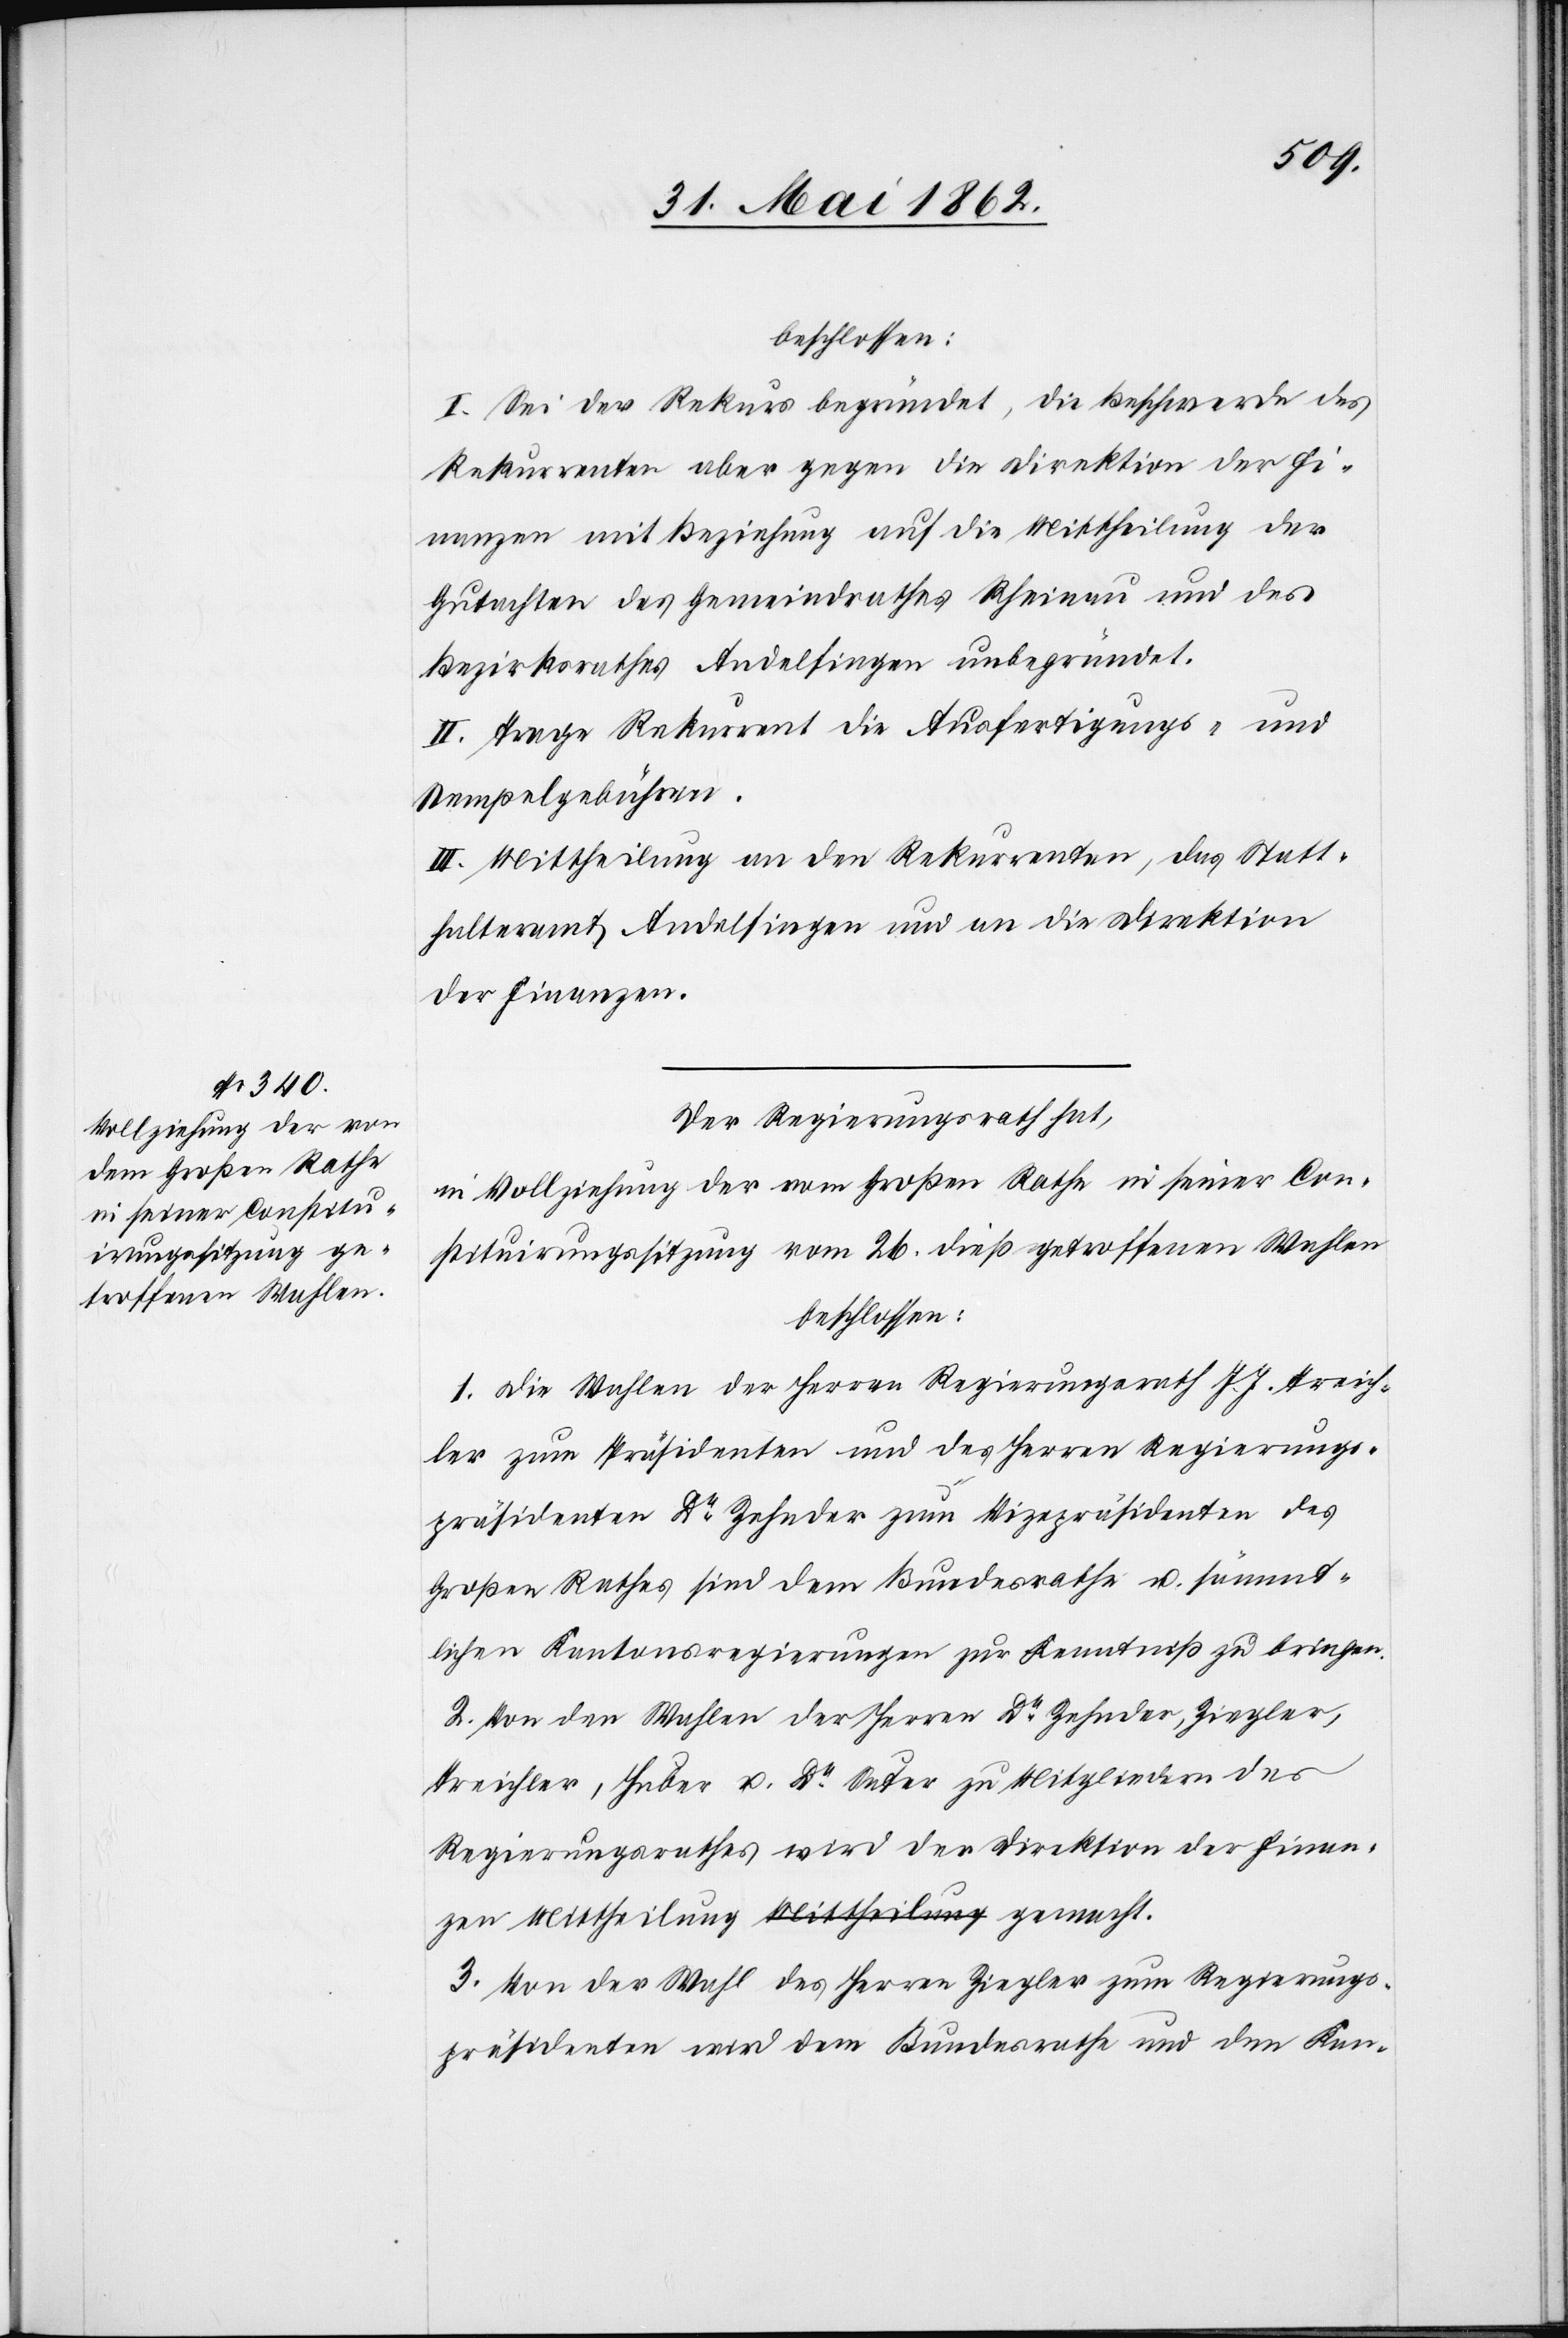
beschlossen:
I. Sei der Rekurs begründet, die Beschwerde des
Rekurrenten aber gegen die Direktion der Fi¬
nanzen mit Beziehung auf die Mittheilung der
Gutachten des Gemeindrathes Rheinau und des
Bezirksrathes Andelfingen unbegründet.
II. Trage Rekurrent die Ausfertigungs- und
Stempelgebühren.
III. Mittheilung an den Rekurrenten, das Statt¬
halteramt Andelfingen und an die Direktion
der Finanzen.
Der Regierungsrath hat,
in Vollziehung der vom Großen Rathe in seiner Con¬
stituirungssitzung vom 26. dieß getroffenen Wahlen
beschlossen:
1. Die Wahlen der Herren Regierungsrath J. J. Treich¬
ler zum Präsidenten und des Herren Regierungs¬
präsidenten Dr. Zehnder zum Vizepräsidenten des
Großen Rathes sind dem Bundesrathe u. sämmt¬
lichen Kantonsregierungen zur Kenntniß zu bringen.
2. Von den Wahlen der Herren Dr. Zehnder, Ziegler,
Treichler, Huber u. Dr. Suter zu Mitgliedern des
Regierungsrathes wird der Direktion der Finanzen
3. Von der Wahl des Herrn Ziegler zum Regierungs¬
präsidenten wird dem Bundesrathe und dem Kan-